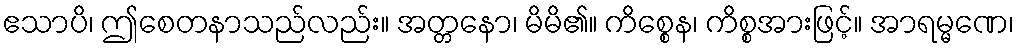
ဧသာပိ၊ ဤစေတနာသည်လည်း။ အတ္တနော၊ မိမိ၏။ ကိစ္စေန၊ ကိစ္စအားဖြင့်။ အာရမ္မဏေ၊